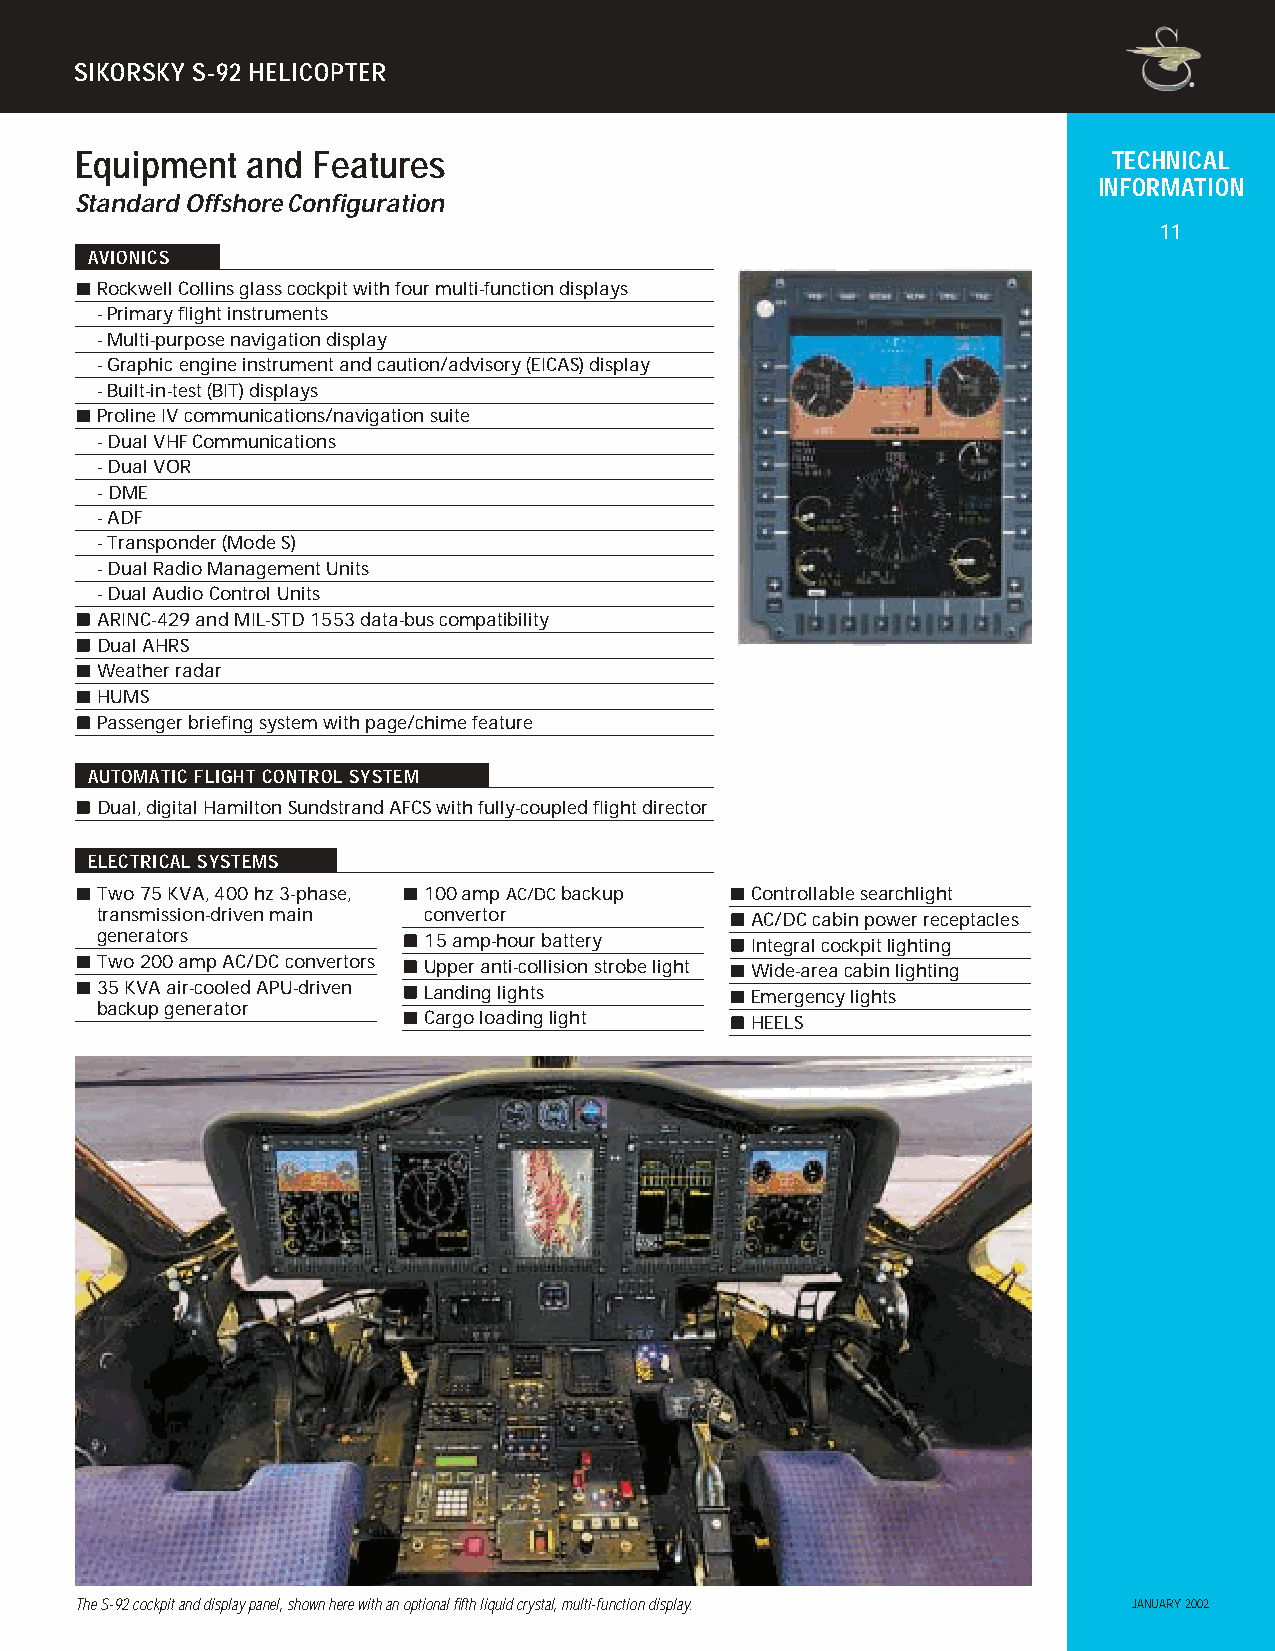
SIKORSKY S-92 HELICOPTER
 Equipment  and  Features                                             TECHNICAL
 INFORMATION
 Standard Offshore Configuration
 11
 AVIONICS
 Rockwell Collins glass cockpit with four multi-function displays
 - Primary flight instruments
 - Multi-purpose navigation display
 - Graphic engine instrument and caution/advisory (EICAS) display
 - Built-in-test (BIT) displays
 Proline IV communications/navigation suite
 - Dual VHFCommunications
 - Dual VOR
 - DME
 - ADF
 - Transponder (Mode S)
 - Dual Radio Management Units
 - Dual Audio Control Units
 ARINC-429 and MIL-STD 1553 data-bus compatibility
 Dual AHRS
 Flexible display symbology is provided on six by
 Weather radar
 eight inch LCD. Flight, navigation, engine
 HUMS                                       instrument/caution advisory, and health display
 Passenger briefing system with page/chime feature modes can be tailored to meet mission needs.
 AUTOMATIC FLIGHT CONTROL SYSTEM
 Dual, digital Hamilton Sundstrand AFCS with fully-coupled flight director
 ELECTRICAL SYSTEMS
 Two 75 KVA, 400 hz 3-phase, 100amp AC/DCbackup Controllable searchlight
 transmission-driven main convertor          AC/DC cabin power receptacles
 generators            15 amp-hour battery   Integral cockpit lighting
 Two 200 amp AC/DC convertors Upper anti-collision strobe light Wide-area cabin lighting
 35 KVA air-cooled APU-driven Landing lights Emergency lights
 backup generator
 Cargo loading light   HEELS
 The S-92 cockpit and display panel, shown here with an optional fifth liquid crystal, multi-function display. JANUARY 2002